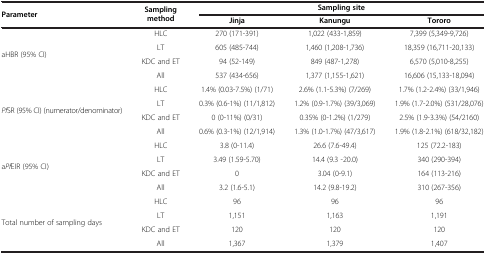
<table><thead><tr><td rowspan="2"><b>Parameter</b></td><td rowspan="2"><b>Sampling method</b></td><td colspan="3"><b>Sampling site</b></td></tr><tr><td><b>Jinja</b></td><td><b>Kanungu</b></td><td><b>Tororo</b></td></tr></thead><tbody><tr><td rowspan="4">aHBR (95% CI)</td><td>HLC</td><td>270 (171-391)</td><td>1,022 (433-1,859)</td><td>7,399 (5,349-9,726)</td></tr><tr><td>LT</td><td>605 (485-744)</td><td>1,460 (1,208-1,736)</td><td>18,359 (16,711-20,133)</td></tr><tr><td>KDC and ET</td><td>94 (52-149)</td><td>849 (487-1,278)</td><td>6,570 (5,010-8,255)</td></tr><tr><td>All</td><td>537 (434-656)</td><td>1,377 (1,155-1,621)</td><td>16,606 (15,133-18,094)</td></tr><tr><td rowspan="4"><i>Pf</i>SR (95% CI) (numerator/denominator)</td><td>HLC</td><td>1.4% (0.03-7.5%) (1/71)</td><td>2.6% (1.1-5.3%) (7/269)</td><td>1.7% (1.2-2.4%) (33/1,946)</td></tr><tr><td>LT</td><td>0.3% (0.6-1%) (11/1,812)</td><td>1.2% (0.9-1.7%) (39/3,069)</td><td>1.9% (1.7-2.0%) (531/28,076)</td></tr><tr><td>KDC and ET</td><td>0 (0-11%) (0/31)</td><td>0.35% (0-1.2%) (1/279)</td><td>2.5% (1.9-3.3%) (54/2160)</td></tr><tr><td>All</td><td>0.6% (0.3-1%) (12/1,914)</td><td>1.3% (1.0-1.7%) (47/3,617)</td><td>1.9% (1.8-2.1%) (618/32,182)</td></tr><tr><td rowspan="4">a<i>Pf</i>EIR (95% CI)</td><td>HLC</td><td>3.8 (0-11.4)</td><td>26.6 (7.6-49.4)</td><td>125 (72.2-183)</td></tr><tr><td>LT</td><td>3.49 (1.59-5.70)</td><td>14.4 (9.3 -20.0)</td><td>340 (290-394)</td></tr><tr><td>KDC and ET</td><td>0</td><td>3.04 (0-9.1)</td><td>164 (113-216)</td></tr><tr><td>All</td><td>3.2 (1.6-5.1)</td><td>14.2 (9.8-19.2)</td><td>310 (267-356)</td></tr><tr><td rowspan="4">Total number of sampling days</td><td>HLC</td><td>96</td><td>96</td><td>96</td></tr><tr><td>LT</td><td>1,151</td><td>1,163</td><td>1,191</td></tr><tr><td>KDC and ET</td><td>120</td><td>120</td><td>120</td></tr><tr><td>All</td><td>1,367</td><td>1,379</td><td>1,407</td></tr></tbody></table>